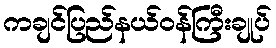
ကချင်ပြည်နယ်ဝန်ကြီးချုပ်